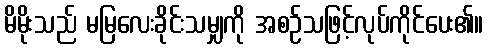
မိမိုးသည် မမြလေးခိုင်းသမျှကို အစဉ်သဖြင့်လုပ်ကိုင်ပေး၏။